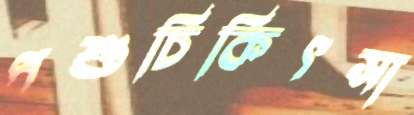
পশুচিকিৎসা